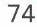
74